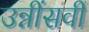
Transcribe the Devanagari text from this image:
उन्नींसवीं